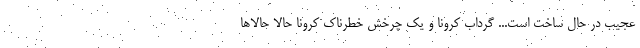
عجیب در حال ساخت است... گرداب کرونا و یک چرخش خطرناک کرونا حالا حالاها